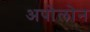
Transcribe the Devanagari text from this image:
अपोलोन